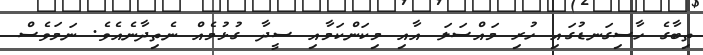
ތިބާގެ ހާސިގަނޑުގައި ހުރި މައްސަލަ އާއި މިކަންކަމާއި ސީދާ ގުޅުމެއް ނެތިދާނެއެވެ. ނަމަވެސް